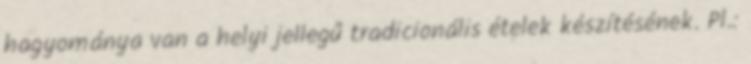
hagyománya van a helyi jellegű tradicionális ételek készítésének. Pl.: